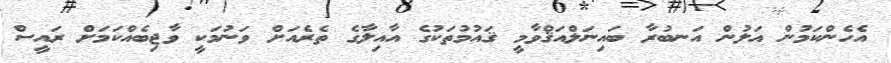
އެހެންކަމުން އަލުން އަނބުރާ ބައިނަލްއަޤްވާމީ ޤައުމުތަކުގެ އާއިލާގެ ތެރެއަށް ވަނުމަކީ ވާޖިބެއްކަމަށް ރައީސް